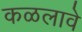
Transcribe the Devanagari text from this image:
कळलावे